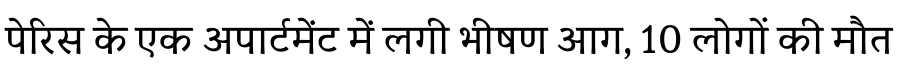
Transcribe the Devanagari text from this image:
पेरिस के एक अपार्टमेंट में लगी भीषण आग, 10 लोगों की मौत